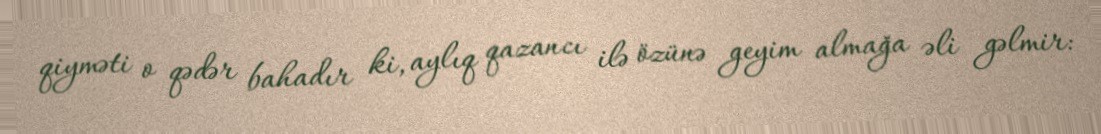
qiyməti o qədər bahadır ki, aylıq qazancı ilə özünə geyim almağa əli gəlmir: